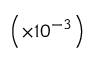
\left( \times 1 0 ^ { - 3 } \right)